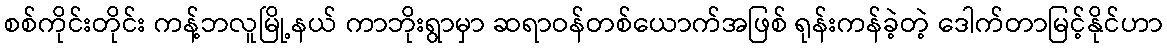
စစ်ကိုင်းတိုင်း ကန့်ဘလူမြို့နယ် ကာဘိုးရွာမှာ ဆရာဝန်တစ်ယောက်အဖြစ် ရုန်းကန်ခဲ့တဲ့ ဒေါက်တာမြင့်နိုင်ဟာ